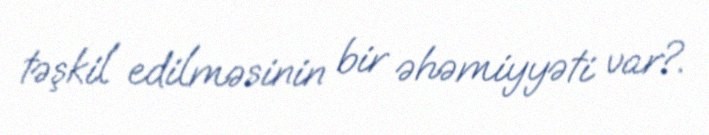
təşkil edilməsinin bir əhəmiyyəti var?.